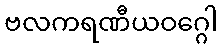
ဗလကရဏီယဝဂ္ဂေါ